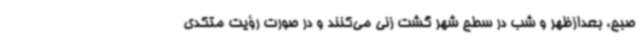
صبح، بعدازظهر و شب در سطح شهر گشت زنی می‌کنند و در صورت رؤیت متکدی